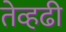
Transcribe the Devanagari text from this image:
तेव्हढी